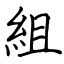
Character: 組